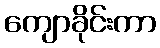
ကျောခိုင်းကာ